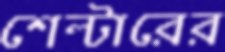
শেল্টারের